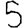
Digit: 5